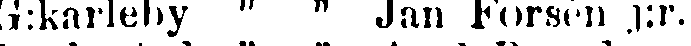
G:karleby " " Jan Forsén j:r.